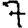
Digit: 7